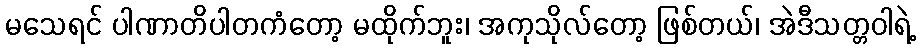
မသေရင် ပါဏာတိပါတကံတော့ မထိုက်ဘူး၊ အကုသိုလ်တော့ ဖြစ်တယ်၊ အဲဒီသတ္တဝါရဲ့